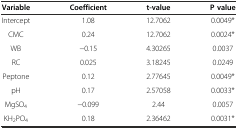
<table><thead><tr><td><b>Variable</b></td><td><b>Coefficient</b></td><td><b>t-value</b></td><td><b>P value</b></td></tr></thead><tbody><tr><td>Intercept</td><td>1.08</td><td>12.7062</td><td>0.0049*</td></tr><tr><td>CMC</td><td>0.24</td><td>12.7062</td><td>0.0024*</td></tr><tr><td>WB</td><td>−0.15</td><td>4.30265</td><td>0.0037</td></tr><tr><td>RC</td><td>0.025</td><td>3.18245</td><td>0.0249</td></tr><tr><td>Peptone</td><td>0.12</td><td>2.77645</td><td>0.0049*</td></tr><tr><td>pH</td><td>0.17</td><td>2.57058</td><td>0.0033*</td></tr><tr><td>MgSO<sub>4</sub></td><td>−0.099</td><td>2.44</td><td>0.0057</td></tr><tr><td>KH<sub>2</sub>PO<sub>4</sub></td><td>0.18</td><td>2.36462</td><td>0.0031*</td></tr></tbody></table>